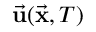
\vec { \bf u } ( \vec { \bf x } , T )